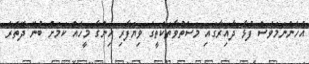
އެހެންނަމަވެސް ފުޅާ ދާއިރާގައި މަސްތުވާތަކެތީގެ ވިޔަފާރި ހިންގާ މީހެއް ކަމަށް ބުނޭ ދޭތެރެ